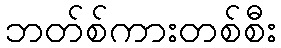
ဘတ်စ်ကားတစ်စီး